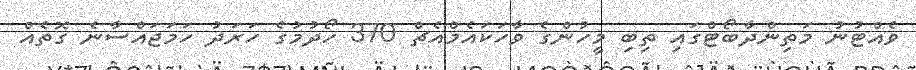
ވެއްޓުނު މަތިންދާބޯޓްގައި ތިބި މީހުންގެ ވާހަކައެމްއެޗް 370 ހޯދުމުގެ ހަރަދު ހަމަޖައްސާނެ ގޮތެއް